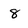
Character: 8